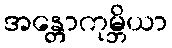
အန္တောကုမ္ဘိယာ